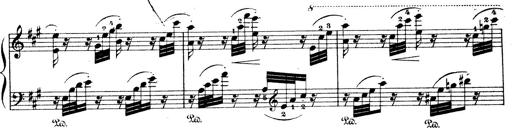
Title: Wagner-Liszt Album
Composer: Franz Liszt